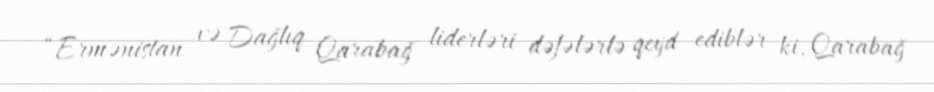
“Ermənistan və Dağlıq Qarabağ liderləri dəfələrlə qeyd ediblər ki, Qarabağ